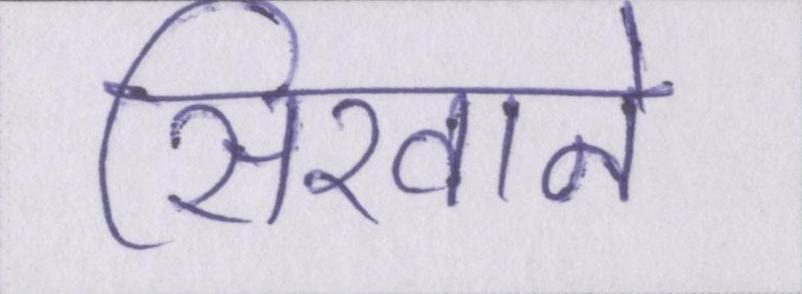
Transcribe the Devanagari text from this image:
सिखाने